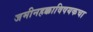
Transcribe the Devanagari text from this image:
जमीनहक्काविषयकचा